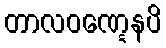
တာလဝဏ္ဋေနပိ